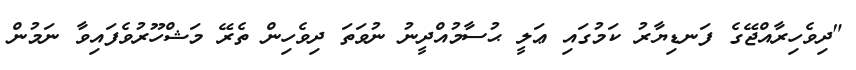
"ދިވެހިރާއްޖޭގެ ފަނޑިޔާރު ކަމުގައި ޢަލީ ޙުސާމުއްދީނު ނުވަތަ ދިވެހިން ތެރޭ މަޝްހޫރުވެފައިވާ ނަމުން